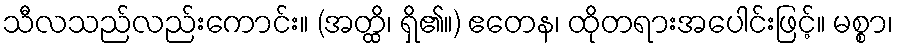
သီလသည်လည်းကောင်း။ (အတ္ထိ၊ ရှိ၏။) ဧတေန၊ ထိုတရားအပေါင်းဖြင့်။ မစ္စာ၊